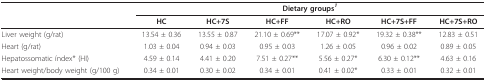
<table><thead><tr><td></td><td colspan="6"><b>Dietary groups<sup><i>1</i></sup></b></td></tr><tr><td></td><td><b>HC</b></td><td><b>HC+7S</b></td><td><b>HC+FF</b></td><td><b>HC+RO</b></td><td><b>HC+7S+FF</b></td><td><b>HC+7S+RO</b></td></tr></thead><tbody><tr><td>Liver weight (g/rat)</td><td>13.54 ± 0.36</td><td>13.55 ± 0.87</td><td>21.10 ± 0.69**</td><td>17.07 ± 0.92*</td><td>19.32 ± 0.38**</td><td>12.83 ± 0.51</td></tr><tr><td>Heart (g/rat)</td><td>1.03 ± 0.04</td><td>0.94 ± 0.03</td><td>0.95 ± 0.03</td><td>1.26 ± 0.05</td><td>0.96 ± 0.02</td><td>0.89 ± 0.05</td></tr><tr><td>Hepatossomatic índex* (HI)</td><td>4.59 ± 0.14</td><td>4.41 ± 0.20</td><td>7.51 ± 0.27**</td><td>5.56 ± 0.27*</td><td>6.30 ± 0.12**</td><td>4.63 ± 0.16</td></tr><tr><td>Heart weight/body weight (g/100 g)</td><td>0.34 ± 0.01</td><td>0.30 ± 0.02</td><td>0.34 ± 0.01</td><td>0.41 ± 0.02*</td><td>0.33 ± 0.01</td><td>0.32 ± 0.01</td></tr></tbody></table>